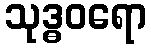
သုဒ္ဓဝရော